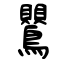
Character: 鸎